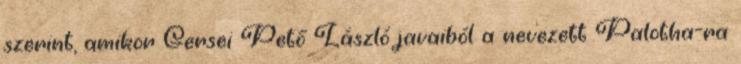
szerint, amikor Gersei Pető László javaiból a nevezett Palotha-ra